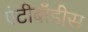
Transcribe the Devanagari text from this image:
एंटीबॉडीस